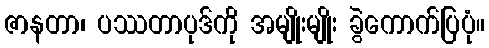
ဇာနတာ၊ ပဿတာပုဒ်ကို အမျိုးမျိုး ခွဲကောက်ပြပုံ။